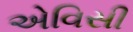
એવિસી